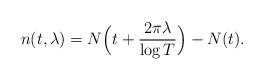
LaTeX: \begin{align*}n(t,\lambda) = N\Big(t+\frac{2\pi \lambda}{\log T}\Big) - N(t).\end{align*}